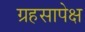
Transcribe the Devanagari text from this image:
ग्रहसापेक्ष